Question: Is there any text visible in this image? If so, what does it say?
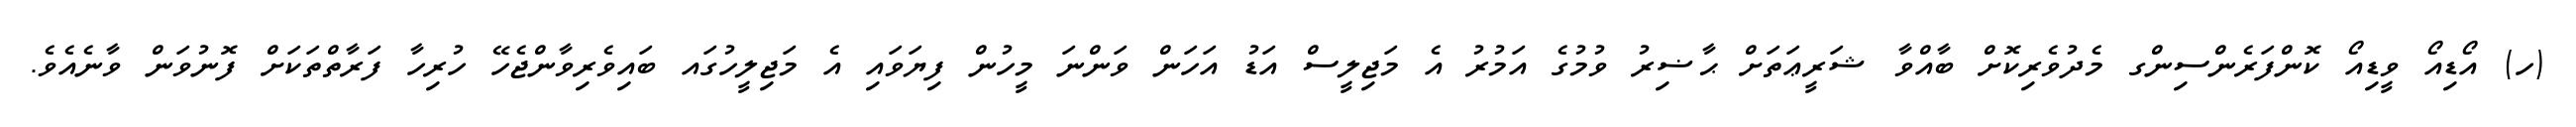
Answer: (ހ) އޯޑިއޯ ވީޑިއޯ ކޮންފަރެންސިންގ މެދުވެރިކޮށް ބާއްވާ ޝަރީޢަތަށް ޙާޟިރު ވުމުގެ އަމުރު އެ މަޖިލީސް އަޑު އަހަން ވަންނަ މީހުން ފިޔަވައި އެ މަޖިލީހުގައ ބައިވެރިވާންޖެހޭ ހުރިހާ ފަރާތްތަކަށް ފޮނުވަން ވާނެއެވެ.